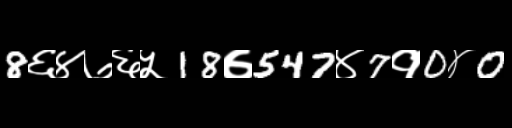
Text: 8६४७६५18७547४7१0४0